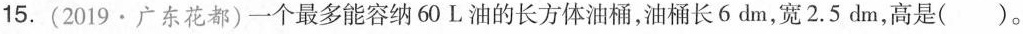
15.(2019\cdot 广东花都)一个最多能容纳60L油的长方体油桶，油桶长6dm，宽2.5dm，高是( )。